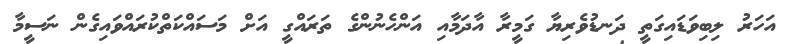
އަހަރު ލިބިވަޑައިގަތީ ދަނޑުވެރިޔާ ގަމީރާ އާދަމާއި އަންހެނުންގެ ތަރައްގީ އަށް މަސައްކަތްކުރައްވައިގެން ނަސީމާ